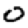
Digit: 0